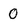
Character: 0